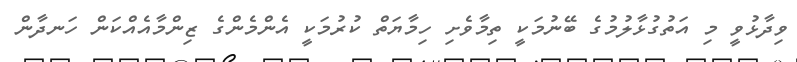
ވިދާޅުވީ މި އަތުގުޅާލުމުގެ ބޭނުމަކީ ތިމާވެށި ހިމާޔަތް ކުރުމަކީ އެންމެންގެ ޒިންމާއެއްކަން ހަނދާން